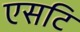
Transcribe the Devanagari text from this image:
एसटि